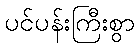
ပင်ပန်းကြီးစွာ